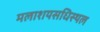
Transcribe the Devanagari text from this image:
मलाशयसधिस्थल